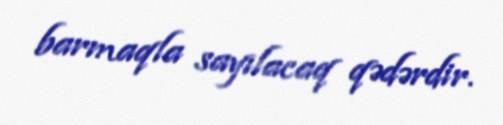
barmaqla sayılacaq qədərdir.